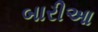
બારીઆ